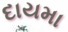
દાયમા